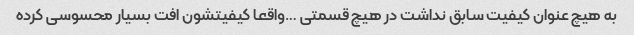
به هیچ عنوان کیفیت سابق نداشت در هیچ قسمتی …واقعا کیفیتشون افت بسیار محسوسی کرده